Tallinna_kinnistusamet, lk 4
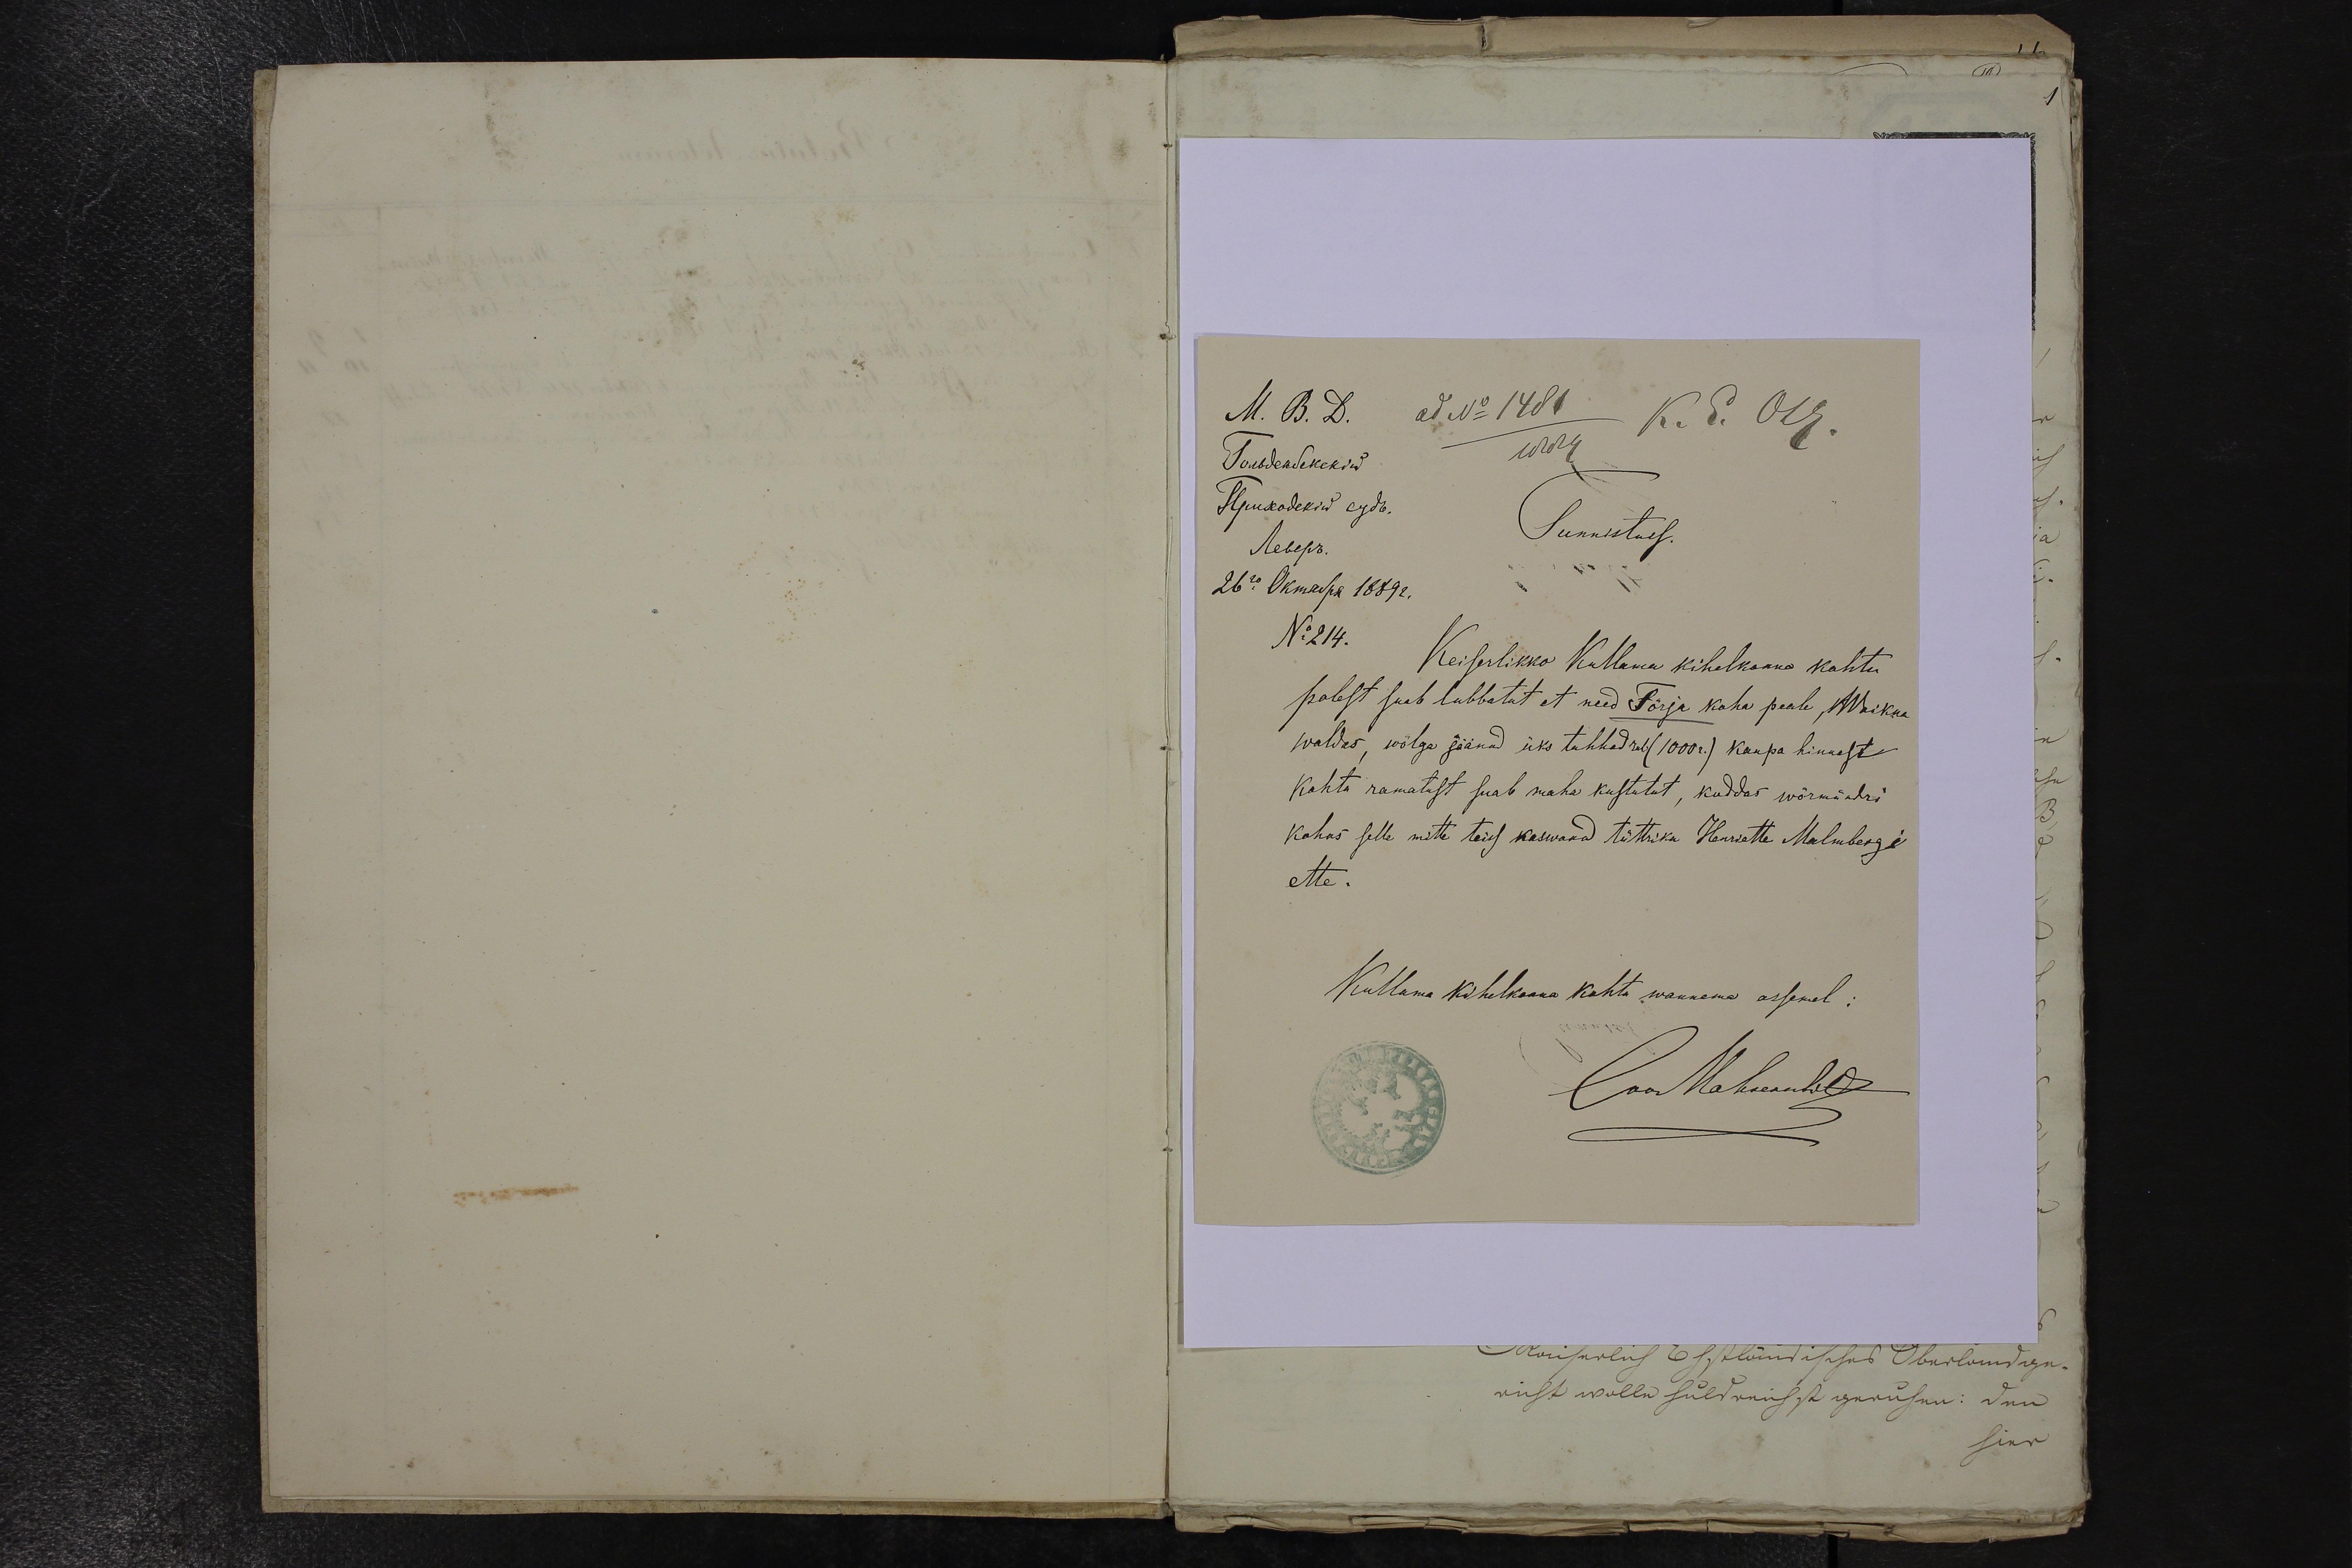
ad No 1481
K. E. Ots
Tunnistuss.
No 214.
Keiserlikko Kullama kihelkonna kohtu
polest saab lubbatut et need Törja koha peale, Waikna
waldas, wõlga jäänud üks tuhhad rbl (1000 r.) kaupa hinnast
kohtu ramatust saab maha kustutut, kuddas wörmündri
kohas selle mitte teiss kaswand tüttriku Henriette Malmbergi
ette.
Kullama kihelkonna kohtu wannema assemel:
Carl Mohrenschild